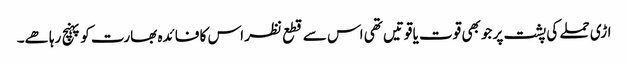
اڑی حملے کی پشت پر جو بھی قوت یا قوتیں تھی اس سے قطع نظر اس کا فائدہ بھارت کو پہنچ رہا ھے۔